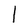
Character: l